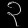
Digit: ၃